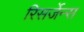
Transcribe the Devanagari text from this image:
रिसर्जेन्स